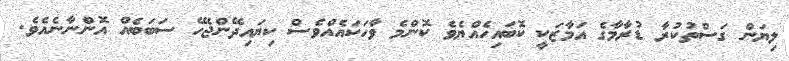
ލިޔަން ގަސްތުކުރާ ޑުރާމާގެ އަމާޒަކީ ކޮބައިހެއްޔެވެ ކޮންމެ ވާހަކައެއްވެސް ކިޔައިދޭންޖެހޭ ސަބަބެއް އޮންނާނެއެވެ.